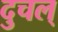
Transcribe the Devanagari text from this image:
दुचल्